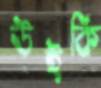
উইকি